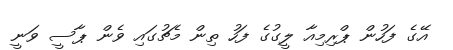
އޭގެ ފަހުން ޕްރިމިއާ ލީގުގެ ފަހު ތިން މެޗުގައި ވެން ޕާސީ ވަނީ